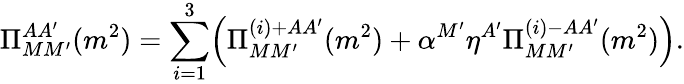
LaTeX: \Pi_{MM^{\prime}}^{AA^{\prime}}(m^{2})=\sum_{i=1}^{3}\Bigl(\Pi_{MM^{\prime}}^{(i)+AA^{\prime}}(m^{2})+\alpha^{M^{\prime}}\eta^{A^{\prime}}\Pi_{MM^{\prime}}^{(i)-AA^{\prime}}(m^{2})\Bigr).